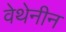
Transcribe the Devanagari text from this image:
वेथेनीन